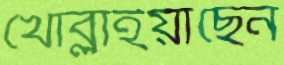
খোব্‌লাইয়াছেন